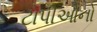
ટોપીઓનો